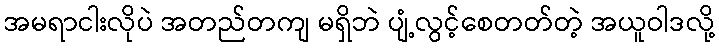
အမရာငါးလိုပဲ အတည်တကျ မရှိဘဲ ပျံ့လွင့်စေတတ်တဲ့ အယူဝါဒလို့